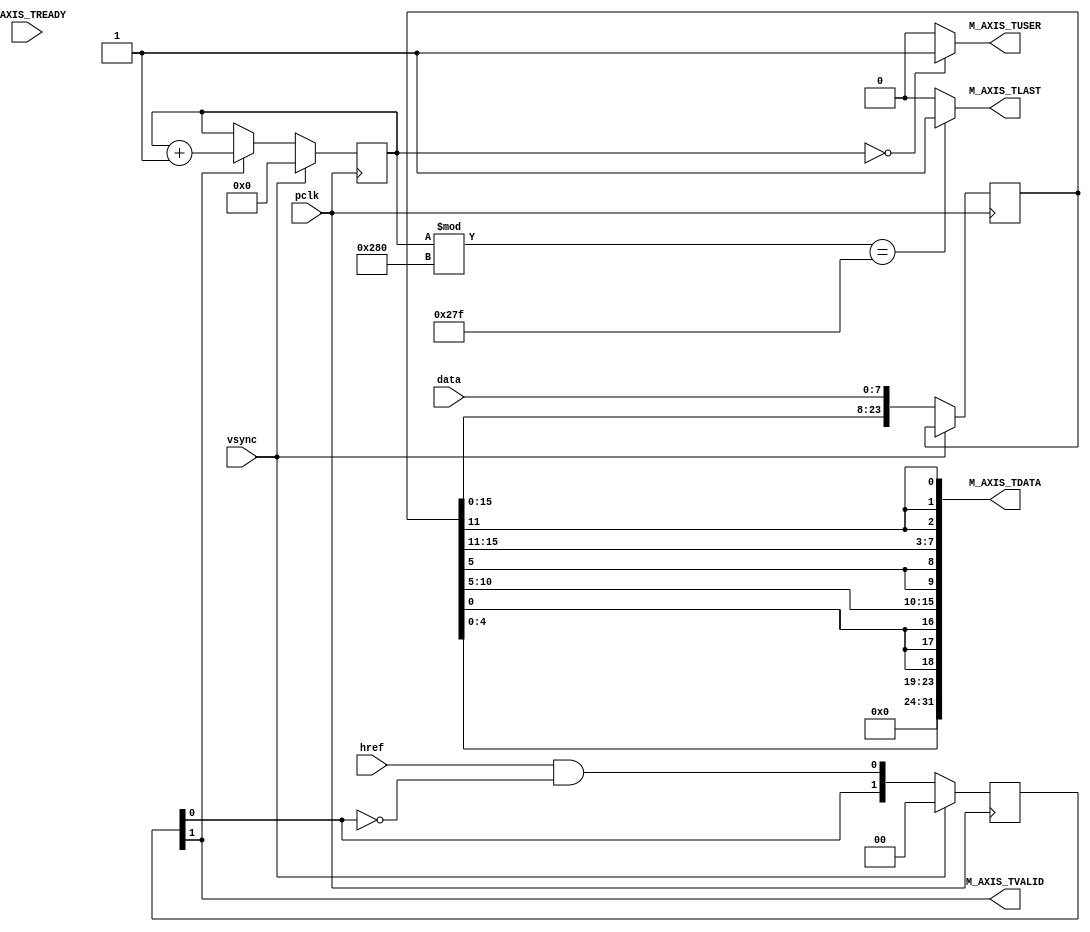
module OV7670_CAPTURE_AXI_VDMA_STREAM(
input pclk, 		                
input href, 		                
input vsync, 		                
input [7:0] data,	                
input  M_AXIS_TREADY,               
output M_AXIS_TVALID,               
output M_AXIS_TLAST,                
output M_AXIS_TUSER,                
output [31:0] M_AXIS_TDATA);  
reg [1:0] state = 2'b0;
reg [9:0]  pixel_counter = 10'b0;
reg [23:0] data_latch = 24'b0;
always @(posedge pclk) 
    begin   
        if(vsync)
            begin
                state <= 2'b0;
                pixel_counter <= 32'b0;
            end
        else
            begin
                data_latch <= {data_latch[15:0], data};
                state <= {state[0], href & !state[0]};
                if(state[1])
                    pixel_counter <= pixel_counter + 1;
            end
    end
assign M_AXIS_TVALID = state[1];
assign M_AXIS_TLAST = ((pixel_counter % 640) == 639) ? 1'b1 : 1'b0;
assign M_AXIS_TUSER = (pixel_counter == 0) ? 1'b1 : 1'b0;
assign M_AXIS_TDATA = {8'b0, data_latch[4:0], {3{data_latch[0]}}, data_latch[10:5], {2{data_latch[5]}}, data_latch[15:11], {3{data_latch[11]}}};
endmodule